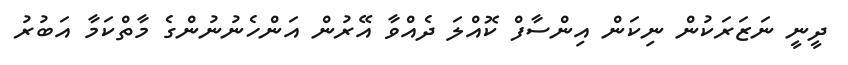
ދީނީ ނަޒަރަކުން ނިކަން އިންސާފް ކޮއްލަ ދެއްވާ އޭރުން އަންހެނުނުންގެ މާތްކަމާ އަބުރު